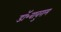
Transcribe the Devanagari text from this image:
डॉ॰बाबुराम